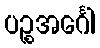
ပဉ္စအင်္ဂေါ